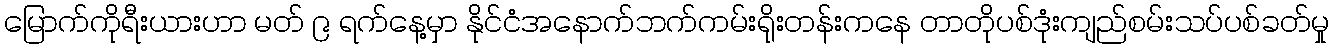
မြောက်ကိုရီးယားဟာ မတ် ၉ ရက်နေ့မှာ နိုင်ငံအနောက်ဘက်ကမ်းရိုးတန်းကနေ တာတိုပစ်ဒုံးကျည်စမ်းသပ်ပစ်ခတ်မှု